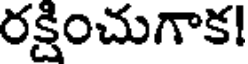
రక్షించుగాక!